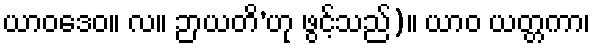
ယာဝဒေဝ။ လ။ ဉာယတိ’ဟု ဖွင့်သည်)။ ယာဝ ယတ္တကာ၊